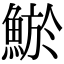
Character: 鯲